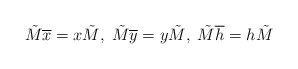
\begin{align*}\tilde{M} \overline{x} =x\tilde{M}, \; \tilde{M} \overline{y} =y\tilde{M}, \; \tilde{M} \overline{h} =h\tilde{M}\end{align*}